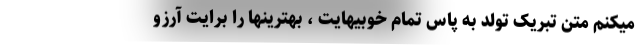
میکنم متن تبریک تولد به پاس تمام خوبیهایت ، بهترینها را برایت آرزو